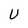
Character: U